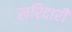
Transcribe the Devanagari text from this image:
खरिदारी